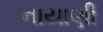
નાયાણી